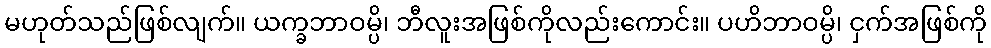
မဟုတ်သည်ဖြစ်လျက်။ ယက္ခဘာဝမ္ပိ၊ ဘီလူးအဖြစ်ကိုလည်းကောင်း။ ပဟိဘာဝမ္ပိ၊ ငှက်အဖြစ်ကို